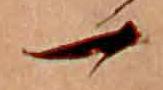
一